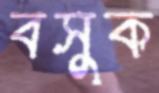
বসুক